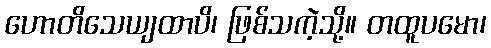
ဟောတိသေယျထာပိ၊ ဖြစ်သကဲ့သို့။ တထူပမော၊